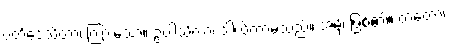
ပတိဒေသိတာ၊ ကြားသော။ ဥပါသိကာ၊ ဒါယိကာမသည်။ အမှိ၊ ဖြစ်၏။ တတော၊